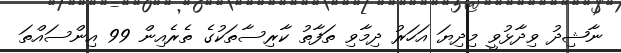
ނާޝިދު ވިދާޅުވީ މިދިޔަ އަހަރު ދިމާވި ތަފާތު ކާރިސާތަކުގެ ތެރެއިން 99 އިންސައްތަ